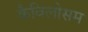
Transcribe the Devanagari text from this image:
कैविलोसम